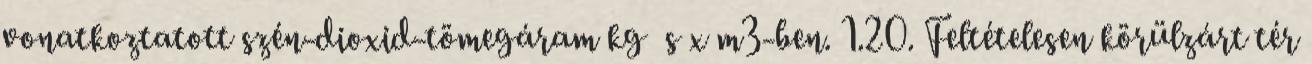
vonatkoztatott szén-dioxid-tömegáram kg s x m3-ben. 1.20. Feltételesen körülzárt tér